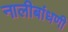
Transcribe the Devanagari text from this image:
नालीबांधणी